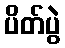
ပိတ်ပွဲ